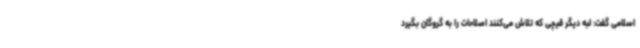
اسلامی گفت: لبه دیگر قیچی که تلاش می‌کنند اصلاحات را به گروگان بگیرد